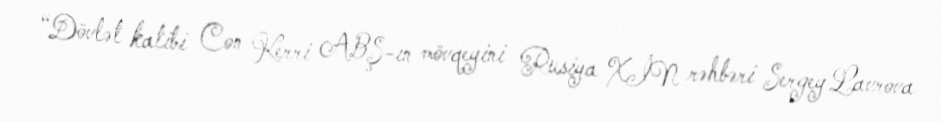
“Dövlət katibi Con Kerri ABŞ-ın mövqeyini Rusiya XİN rəhbəri Sergey Lavrova